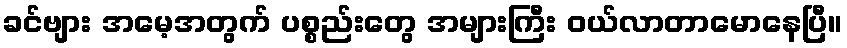
ခင်ဗျား အမေ့အတွက် ပစ္စည်းတွေ အများကြီး ဝယ်လာတာမောနေပြီ။